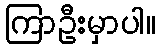
ကြာဦးမှာပါ။